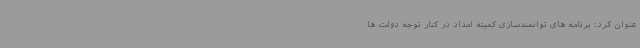
عنوان کرد: برنامه های توانمندسازی کمیته امداد در کنار توجه دولت ها